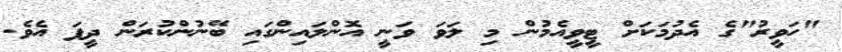
"ހަވީރު"ގެ އެދުމަކަށް ޓީވީއެމުން މި ލަވަ ވަނީ އޮންލައިންގައި ބޭނުންކުރަން ދީފަ އެވެ.